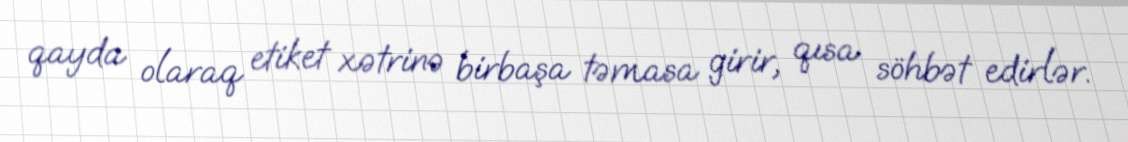
qayda olaraq etiket xətrinə birbaşa təmasa girir, qısa söhbət edirlər.